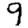
Digit: 9